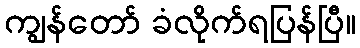
ကျွန်တော် ခံလိုက်ရပြန်ပြီ။